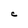
Character: C